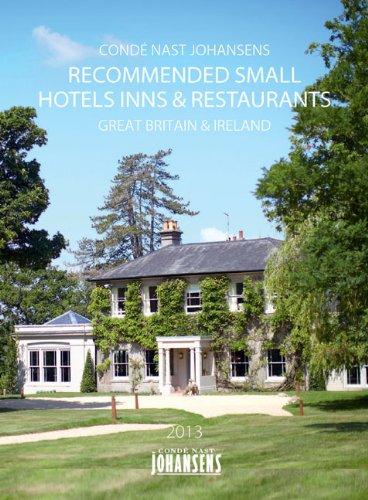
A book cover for CONDE' NAST JOHANSENS RECOMMENDED SMALL HOTELS, INNS AND RESTAURANTS - GREAT BRITAIN 2013 (Johansens Recommended Country Houses, Small Hotels and Traditional Inns: Great Britain and Ireland); Conde' Nast Johansens Conde' Nast Johansens; Travel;